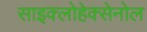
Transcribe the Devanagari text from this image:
साइक्लोहेक्सेनोल